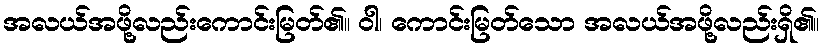
အလယ်အဖို့လည်းကောင်းမြတ်၏။ ဝါ၊ ကောင်းမြတ်သော အလယ်အဖို့လည်းရှိ၏။